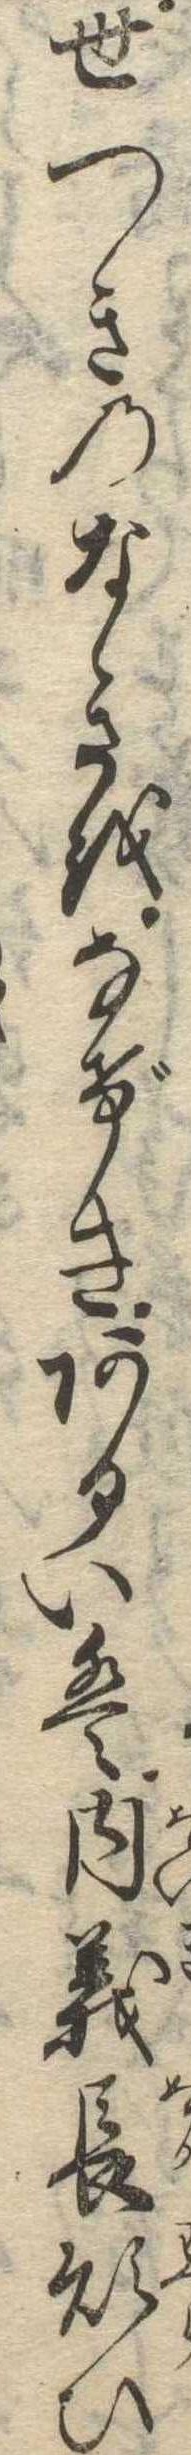
世つきのなきをなげきあるいは内義長煩ひ